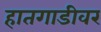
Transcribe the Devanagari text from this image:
हातगाडीवर